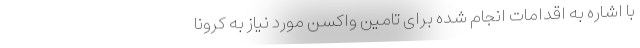
با اشاره به اقدامات انجام شده برای تامین واکسن مورد نیاز به کرونا